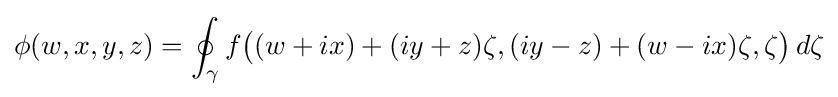
\phi (w,x,y,z)=\oint _{\gamma }f{\big (}(w+ix)+(iy+z)\zeta ,(iy-z)+(w-ix)\zeta ,\zeta {\big )}\,d\zeta